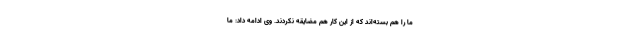
ما را هم بسته‌اند که از این کار هم مضایقه نکردند. وی ادامه داد: ما